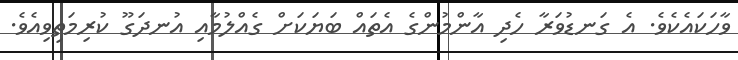
ވާހަކައެކެވެ. އެ ގަނޑުވަރާ ހެދި އާންމުންގެ އެތައް ބަޔަކަށް ގެއްލުމާއި އުނދަގޫ ކުރިމަތިވިއެވެ.